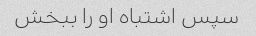
سپس اشتباه او را ببخش